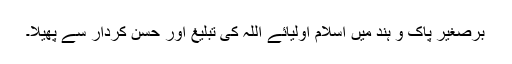
برصغیر پاک و ہند میں اسلام اولیائے اللہ کی تبلیغ اور حسن کردار سے پھیلا۔